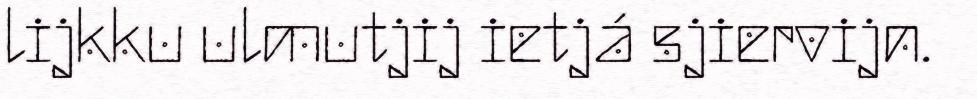
lijkku ulmutjij ietjá sjiervijn.